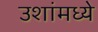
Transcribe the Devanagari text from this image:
उशांमध्ये